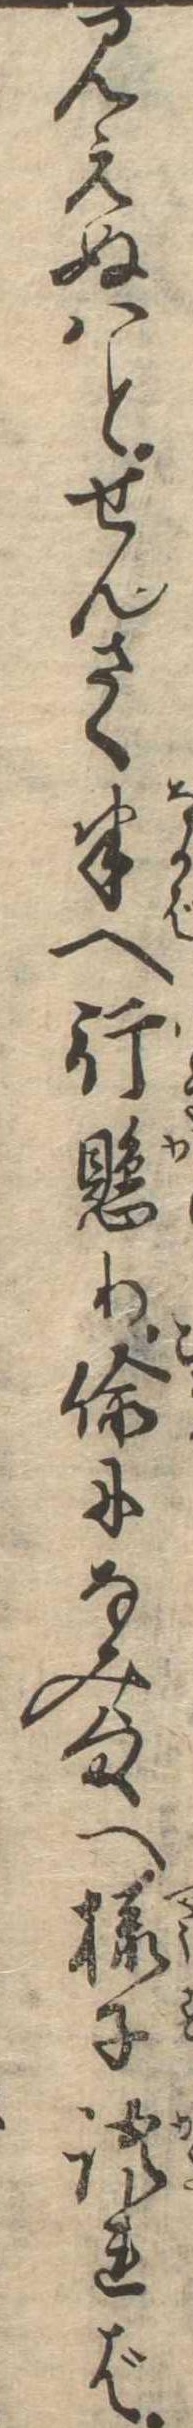
見えぬはとせんさく半へ行懸り偸になみ様へ様子語れば